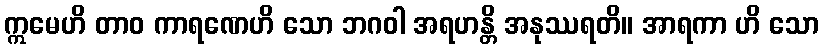
ဣမေဟိ တာဝ ကာရဏေဟိ သော ဘဂဝါ အရဟန္တိ အနုဿရတိ။ အာရကာ ဟိ သော